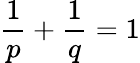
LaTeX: {\frac{1}{p}}+{\frac{1}{q}}=1